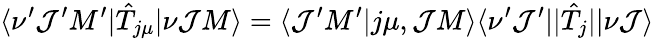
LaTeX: \langle\nu^{\prime}\mathcal{J}^{\prime}M^{\prime}|\hat{{T}}_{j\mu}|\nu\mathcal{J}M\rangle=\langle\mathcal{J}^{\prime}M^{\prime}|j\mu,\mathcal{J}M\rangle\langle\nu^{\prime}\mathcal{J}^{\prime}||\hat{{T}}_{j}||\nu\mathcal{J}\rangle